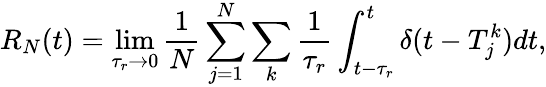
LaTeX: R_{N}(t)=\operatorname*{lim}_{\tau_{r}\to 0}\frac 1N\sum_{j=1}^{N}\sum_{k}\frac 1{\tau_{r}}\int_{t-\tau_{r}}^{t}\delta(t-T_{j}^{k})dt,